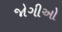
જોગીઓ